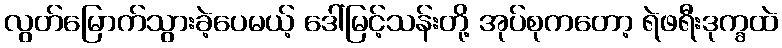
လွတ်မြောက်သွားခဲ့ပေမယ့် ဒေါ်မြင့်သန်းတို့ အုပ်စုကတော့ ရဲဖရီးဒုက္ခထဲ